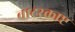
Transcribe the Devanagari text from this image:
वाटरक्राप्ट